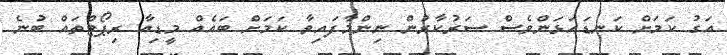
އަގު ކަމަށް ކަނޑައަޅަންވެސް ސަރުކާރުން ނިންމާފައިވާ ކަމަށް ބައެއް މީޑިއާ ރިޕޯޓްތައް ބުނެ